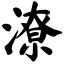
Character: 潦